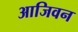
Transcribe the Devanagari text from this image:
आजिवन